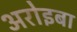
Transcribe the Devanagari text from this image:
अरोइबा